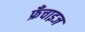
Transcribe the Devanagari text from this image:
फ्रँचाइज